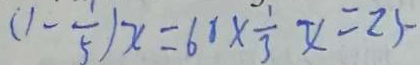
( 1 - \frac { 1 } { 5 } ) x = 6 0 \times \frac { 1 } { 3 } x = 2 5